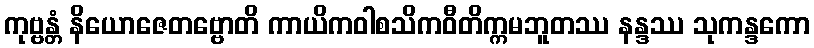
ကုဗ္ဗန္တံ နိယောဇေတဗ္ဗောတိ ကာယိကဝါစသိကဝီတိက္ကမဘူတဿ နန္ဒဿ သုကန္ဒကော